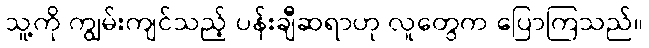
သူ့ကို ကျွမ်းကျင်သည့် ပန်းချီဆရာဟု လူတွေက ပြောကြသည်။